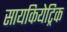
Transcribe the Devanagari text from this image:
सायकियेट्रिक